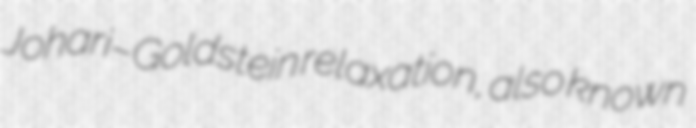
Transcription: Johari–Goldstein relaxation, also known